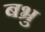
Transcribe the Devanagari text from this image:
बभ्रु